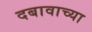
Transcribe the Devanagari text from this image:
दबावाच्या